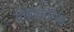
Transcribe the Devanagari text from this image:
गोष्टीकरिता